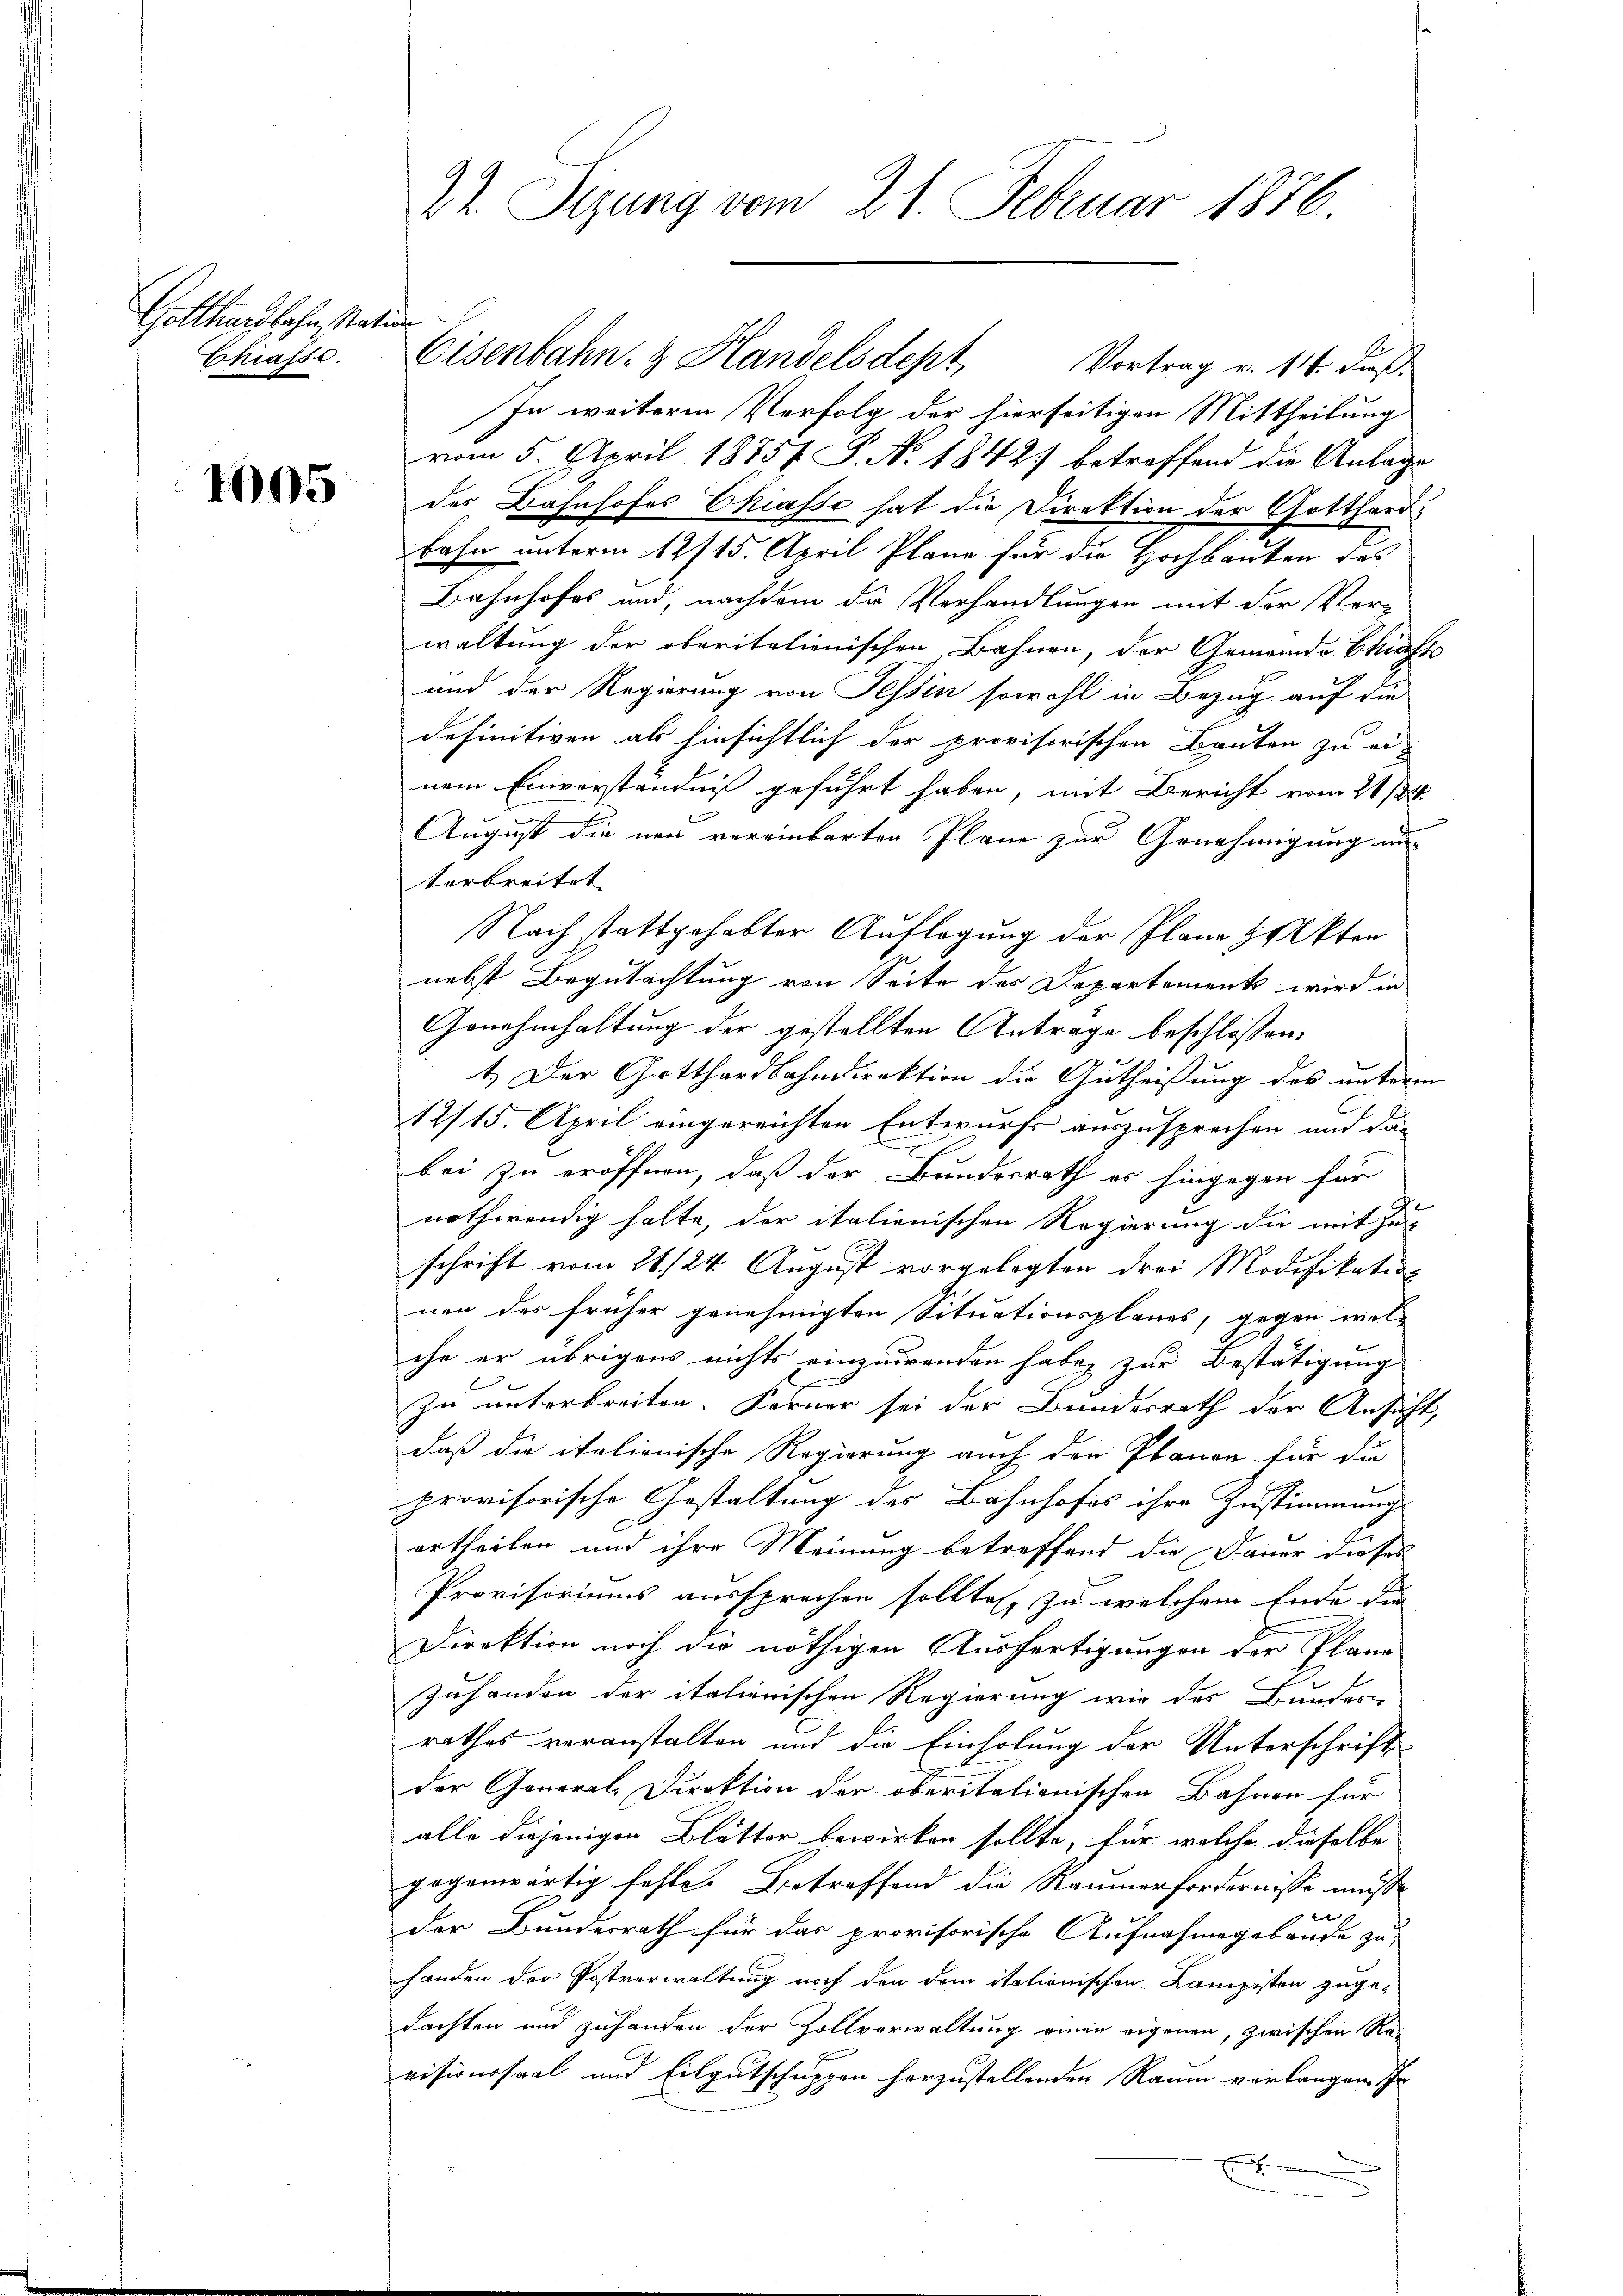
Gotthardbahn, Station
Chiasse.

1005

22. Sizung vom 21. Februar 1876.

In weitere Verfolg der hierseitigen Mittheilung
vom 5. April 1875 P. Nr. 1842 betreffend die Anlage
des Bahnhofes Chiasso hat die Direktion der Gotthardbahn unterm 12/15. April Plane für die Hochbauten des
Bahnhofes und, nachdem de Verhandlungen mit der Verwaltung der oberitationischen Bahnen, der Gemeinde Skif
und der Regierung von Tessin sowohl in Bezug auf die
definitiven als hinsichtlich der provisorischen Bauten zu ei-
nem Einverständniß geführt haben, mit Bericht vom 21/88.
e
August die neu vereinbarten Plane zur Genehmigung aus
terbreitet
Nach stattgehabter Auflegung der Plane Akten
nebst Begutachtung von Seite des Departement wird in
Genehmhaltung der gestellten Antrage beschlossen:
1.) Der Gotthardbahndirektion die Gutheißung des unterm
12/15. April eingereichten Entwurfs auszusprechen und da
bei zu eröffnen, daß der Bundesrath es hingegen für
nothwendig halte, der italienischen Regierung die mit Zu-
schrift vom 21./24. August vorgelegten drei Modifikatio
nen des früher genehmigten Situationsplanes, gegen wel-
che er übrigens nichts einzuwenden habe, zur Bestätigung
Zu unterbreiten. Ferner sei der Bundesrath der Ansicht,
daß die italienische Regierung auch den Planon für die
provisorische Gestaltung des Bahnhofes ihre Zustimmung
ertheilen und ihre Meinung betreffend die Dauer dieses
Provisoriums aussprechen sollte, zu welchem Ende die
Direktion noch die nöthigen Ausfertigungen der Plane
f
Zuhanden der italienischen Regierung wie des Bundes
rathes veranstalten und die Einholung der Unterschrifte
der General-Direktion der oberitationischen Bahnen für
alle diejenigen Blätter bewirken sollte, für welche dieselbe
gegenwärtig feste. Betreffend die Räumerfordernisse mußder Bundesrath für das provisorische Aufnahmegebäude zu
handen der Postverwaltung noch den dem itationischen Kampisten zugedachten und zuhanden der Zollverwaltung einen eigenen, zwischen Re-
visionssaal und Eilgutschuppen herzustellenden Raum vorlangen. In
n
E

Eisenbahn- & Handelsdept, Vortrag v. 14. dieß